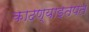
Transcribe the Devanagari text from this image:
काढण्याइतपत